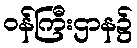
ဝန်ကြီးဌာန၌